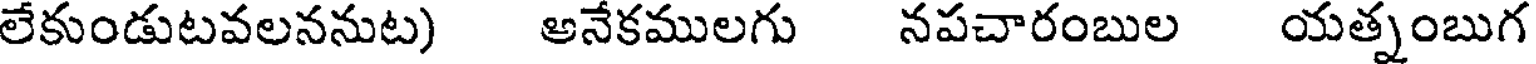
లేకుండుటవలననుట) అనేకములగు నపచారంబుల యత్నంబుగ